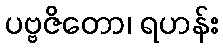
ပဗ္ဗဇိတော၊ ရဟန်း